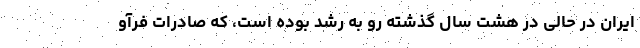
ایران در حالی در هشت سال گذشته رو به رشد بوده است، که صادرات فرآو